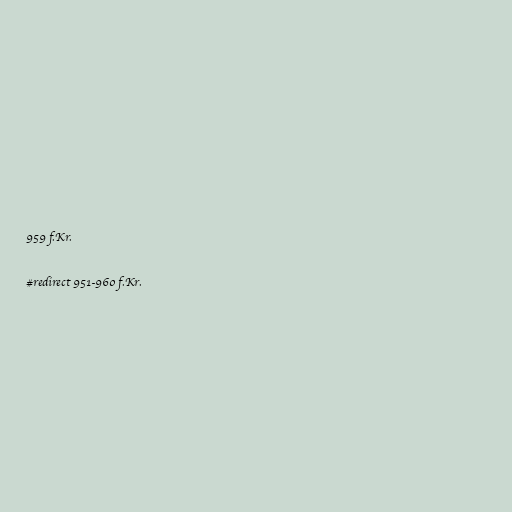
959 f.Kr.

#redirect 951-960 f.Kr.